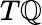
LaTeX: T\mathbb{Q}